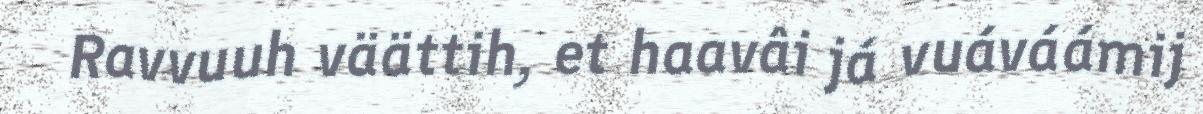
Ravvuuh väättih, et haavâi já vuáváámij